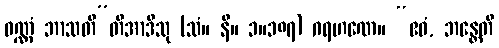
ဝဏ္ဏံ ဘာသတီ”တိအာဒီသု (သံ။ နိ။ ၁။၁၈၇) ဂရဟဏေ။ “ဧဝံ, ဘန္တေတိ